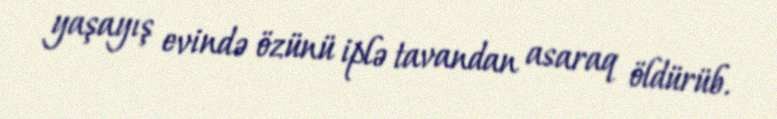
yaşayış evində özünü iplə tavandan asaraq öldürüb.